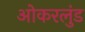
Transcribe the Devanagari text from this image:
ओकरलुंड